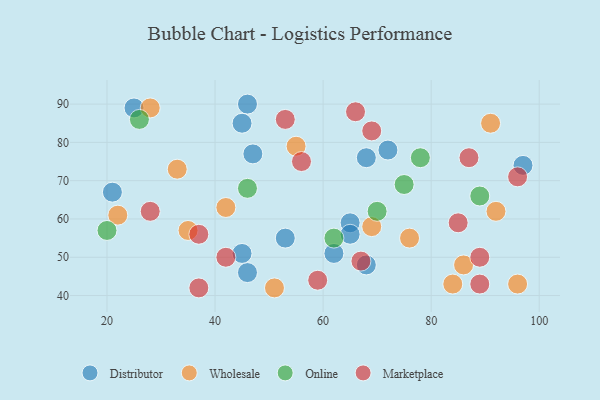
{"axis": {"x": "GDP", "y": "Life Expectancy"}, "legend": ["Distributor", "Marketplace", "Online", "Wholesale"], "data": [{"x": "65", "y": 59, "type": "Distributor"}, {"x": "46", "y": 90, "type": "Distributor"}, {"x": "25", "y": 89, "type": "Distributor"}, {"x": "68", "y": 48, "type": "Distributor"}, {"x": "46", "y": 46, "type": "Distributor"}, {"x": "21", "y": 67, "type": "Distributor"}, {"x": "45", "y": 51, "type": "Distributor"}, {"x": "45", "y": 85, "type": "Distributor"}, {"x": "62", "y": 51, "type": "Distributor"}, {"x": "53", "y": 55, "type": "Distributor"}, {"x": "72", "y": 78, "type": "Distributor"}, {"x": "68", "y": 76, "type": "Distributor"}, {"x": "47", "y": 77, "type": "Distributor"}, {"x": "97", "y": 74, "type": "Distributor"}, {"x": "65", "y": 56, "type": "Distributor"}, {"x": "28", "y": 89, "type": "Wholesale"}, {"x": "55", "y": 79, "type": "Wholesale"}, {"x": "91", "y": 85, "type": "Wholesale"}, {"x": "84", "y": 43, "type": "Wholesale"}, {"x": "51", "y": 42, "type": "Wholesale"}, {"x": "22", "y": 61, "type": "Wholesale"}, {"x": "96", "y": 43, "type": "Wholesale"}, {"x": "69", "y": 58, "type": "Wholesale"}, {"x": "35", "y": 57, "type": "Wholesale"}, {"x": "86", "y": 48, "type": "Wholesale"}, {"x": "42", "y": 63, "type": "Wholesale"}, {"x": "76", "y": 55, "type": "Wholesale"}, {"x": "92", "y": 62, "type": "Wholesale"}, {"x": "33", "y": 73, "type": "Wholesale"}, {"x": "70", "y": 62, "type": "Online"}, {"x": "75", "y": 69, "type": "Online"}, {"x": "20", "y": 57, "type": "Online"}, {"x": "46", "y": 68, "type": "Online"}, {"x": "78", "y": 76, "type": "Online"}, {"x": "89", "y": 66, "type": "Online"}, {"x": "62", "y": 55, "type": "Online"}, {"x": "26", "y": 86, "type": "Online"}, {"x": "56", "y": 75, "type": "Marketplace"}, {"x": "67", "y": 49, "type": "Marketplace"}, {"x": "89", "y": 50, "type": "Marketplace"}, {"x": "87", "y": 76, "type": "Marketplace"}, {"x": "96", "y": 71, "type": "Marketplace"}, {"x": "53", "y": 86, "type": "Marketplace"}, {"x": "42", "y": 50, "type": "Marketplace"}, {"x": "89", "y": 43, "type": "Marketplace"}, {"x": "28", "y": 62, "type": "Marketplace"}, {"x": "66", "y": 88, "type": "Marketplace"}, {"x": "37", "y": 56, "type": "Marketplace"}, {"x": "69", "y": 83, "type": "Marketplace"}, {"x": "59", "y": 44, "type": "Marketplace"}, {"x": "85", "y": 59, "type": "Marketplace"}, {"x": "37", "y": 42, "type": "Marketplace"}]}